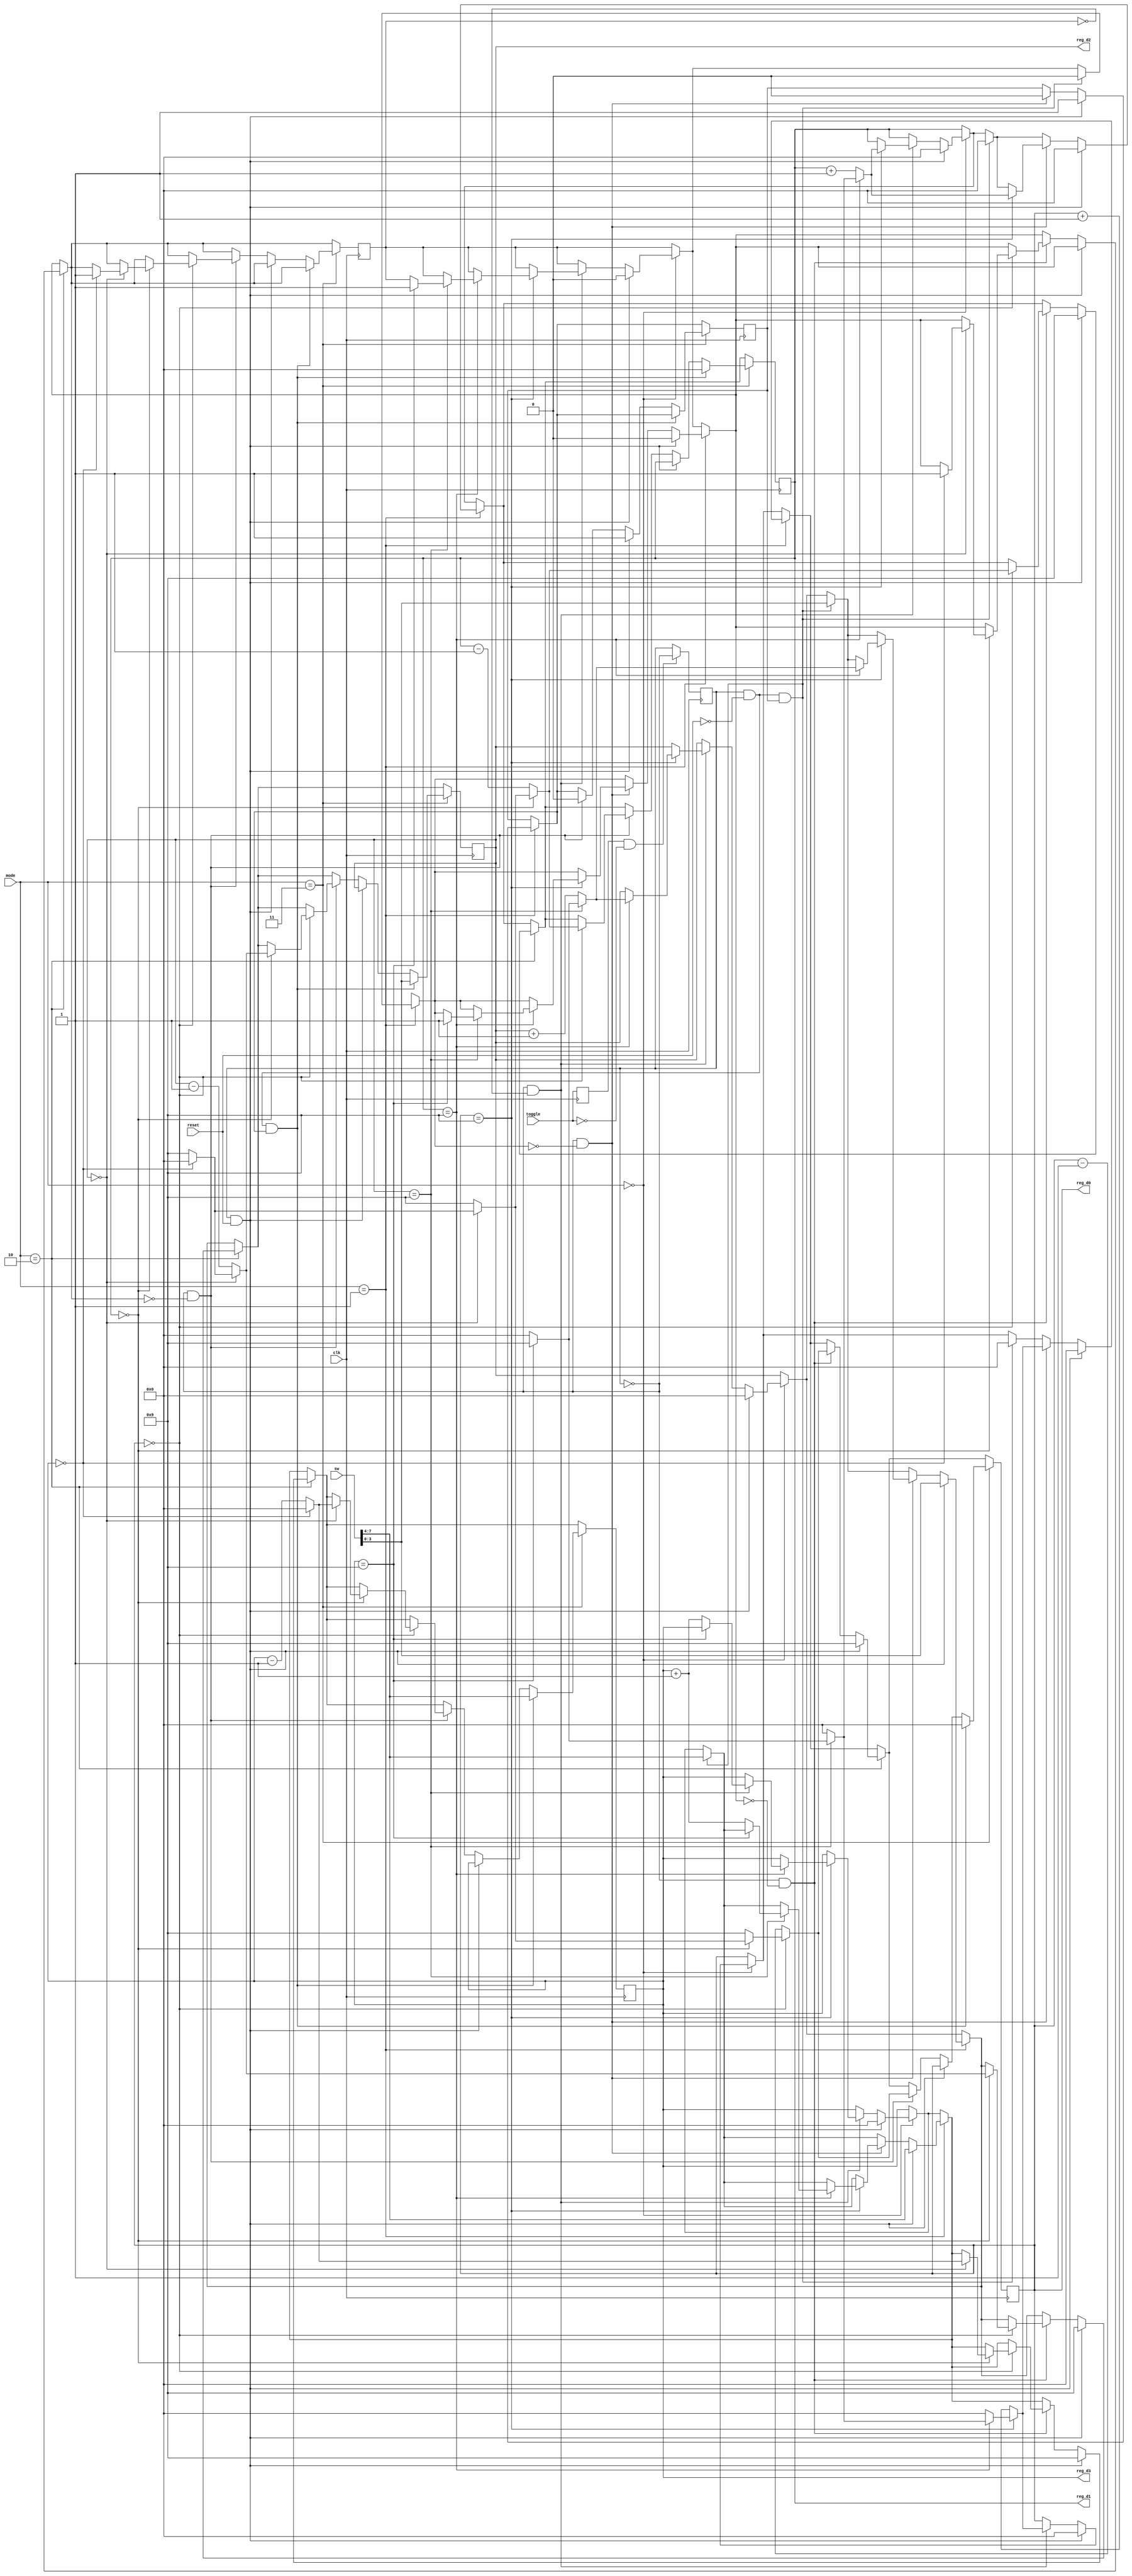
`timescale 1ns / 1ps

module stopwatch(
    input clk,
    input toggle,
    input reset,
    input [1:0] mode,
    input [7:0] sw,
    output reg [3:0] reg_d0, //count for right most digit
    output reg [3:0] reg_d1, //count for 2nd right most digit
    output reg [3:0] reg_d2, //count for 2nd left most digit
    output reg [3:0] reg_d3  //count for left most digit
    );
    
    reg toggle_ff;
    reg ss = 1;
    reg finish;
    reg idle = 1;
    
always @ (posedge clk) begin
    toggle_ff <= toggle;
    if( toggle_ff && !toggle)
        ss <= ~ss;
end
    
always @ (posedge clk) begin

//Mode 1
    if (mode == 2'b00) begin
        if (ss == 1 && reset == 1) //if both stop & reset asserted 
             begin 
                reg_d0 <= 0; //counter0 is 0
                reg_d1 <= 0; //counter1 is 0
                reg_d2 <= 0; //counter2 is 0
                reg_d3 <= 0; //counter3 is 0
                finish = 0;
            end
                
            // if only stop signal is asserted, store the previous count
            // when stop button is pressed again, resume the old count
        else if (ss == 1 && reset != 0) 
           begin
              //store the old count
           reg_d0 <= reg_d0;
           reg_d1 <= reg_d1;
           reg_d2 <= reg_d2;
           reg_d3 <= reg_d3;
           end
             
             //Start
           else if (ss != 1 && finish != 1)
              begin
              if(reg_d0 == 9) begin           
                 reg_d0 <= 0;                          
                   if (reg_d1 == 9) begin          
                      reg_d1 <= 0;                  
                         if (reg_d2 == 9) begin
                           reg_d2 <= 0;       
                                if(reg_d3 == 9)begin
                                  reg_d2 <= 9;
                                  reg_d1 <= 9;
                                  reg_d0 <= 9;
                                  finish = 1;
                                end else
                                reg_d3 <= reg_d3 + 1; 
                          end else                      
                          reg_d2 <= reg_d2 + 1;
                        end else                             
                        reg_d1 <= reg_d1 + 1; 
                  end else                                    
                  reg_d0 <= reg_d0 + 1;
               end
     end
     
 //Mode 2 
     if (mode == 2'b01) begin
         if(ss == 1 && reset == 0 && idle == 1) begin
              reg_d0 <= 0; //counter0 is 0
              reg_d1 <= 0; //counter1 is 0
              reg_d2 <= sw[3:0]; //counter2 is 0
              reg_d3 <= sw[7:4]; //counter3 is 0
              finish = 0;
              end
      if (ss == 1 && reset ==1) //if both stop & reset asserted 
            begin 
              reg_d0 <= 0; //counter0 is 0
              reg_d1 <= 0; //counter1 is 0
              reg_d2 <= sw[3:0]; //counter2 is 0
              reg_d3 <= sw[7:4]; //counter3 is 0
              finish = 0;
              idle = 1;
            end
                 
             // if only stop signal is asserted, store the previous count
             // when stop button is pressed again, resume the old count
      else if (ss == 1 && reset != 0) 
           begin
            //store the old count
             reg_d0 <= reg_d0;
             reg_d1 <= reg_d1;
             reg_d2 <= reg_d2;
             reg_d3 <= reg_d3;
             idle = 1;
           end
              
              //Start stopwatch
      else if (ss != 1 && finish != 1)
          begin
              idle = 0;
                if(reg_d0 == 9) begin              
                  reg_d0 <= 0;                          
                    if (reg_d1 == 9) begin          
                       reg_d1 <= 0;                  
                          if (reg_d2 == 9) begin     
                          reg_d2 <= 0;       
                          if(reg_d3 == 9)begin
                          reg_d2 <= 9;
                          reg_d1 <= 9;
                          reg_d0 <= 9;
                          finish = 1;
                          end else
                          reg_d3 <= reg_d3 + 1; 
                          end else                      
                          reg_d2 <= reg_d2 + 1;
                    end else                             
                    reg_d1 <= reg_d1 + 1; 
                end else                                    
                reg_d0 <= reg_d0 + 1;
          end
      end
 
 
 //Mode 3 
    if (mode == 2'b10) begin
         if (ss == 1 && reset ==1)
         begin 
             reg_d0 <= 9;
             reg_d1 <= 9;
             reg_d2 <= 9;
             reg_d3 <= 9;
         end
         
         else if (ss == 1 && reset != 0) 
         begin
             reg_d0 <= reg_d0; //store the old count
             reg_d1 <= reg_d1; //store the old count
             reg_d2 <= reg_d2; //store the old count
             reg_d3 <= reg_d3; //store the old count
         end
         
         else if (ss != 1 && finish == 0) begin
         
           if(reg_d0 == 0) begin
              reg_d0 <= 9;
              if (reg_d1 == 0) begin
                     reg_d1 <= 9;
                     if (reg_d2 == 0) begin
                             reg_d2 <= 9; 
                             if(reg_d3 == 0) begin
                                 reg_d0 <= 0;
                                 reg_d1 <= 0;
                                 reg_d2 <= 0;
                                 reg_d3 <= 0;
                                 finish = 1;
                             end else
                                 reg_d3 <= reg_d3 - 1;
                         end else
                             reg_d2 <= reg_d2 - 1;
                  end else
                      reg_d1 <= reg_d1 - 1; 
           end else 
             reg_d0 <= reg_d0 - 1;
          end
    end
      
 //Mode 4
    if (mode == 2'b11) begin
      if (ss == 1 && reset == 0  && idle == 1) begin
          reg_d0 <= 0;
          reg_d1 <= 0;
          reg_d2 <= sw[3:0];
          reg_d3 <= sw[7:4];
      end
      else if (ss == 1 && reset != 0) begin
          reg_d0 <= reg_d0; //store the old count
          reg_d1 <= reg_d1; //store the old count
          reg_d2 <= reg_d2; //store the old count
          reg_d3 <= reg_d3; //store the old count
          idle = 1;
      end
      else if (ss != 1 && finish == 0) begin //if no stop
        idle = 0;
        if(reg_d0 == 0) begin
              reg_d0 <= 9;
              if (reg_d1 == 0) begin
                     reg_d1 <= 9;
                     if (reg_d2 == 0) begin
                             reg_d2 <= 9; 
                             if(reg_d3 == 0) begin
                                 reg_d0 <= 0;
                                 reg_d1 <= 0;
                                 reg_d2 <= 0;
                                 reg_d3 <= 0;
                                 finish = 1;
                             end else
                              reg_d3 <= reg_d3 - 1;
                     end else
                     reg_d2 <= reg_d2 - 1;
              end else
              reg_d1 <= reg_d1 - 1; 
        end else 
        reg_d0 <= reg_d0 - 1;
        end            
 end
     
     
end

endmodule